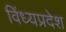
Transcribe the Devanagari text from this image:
विंध्यप्रदेश